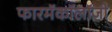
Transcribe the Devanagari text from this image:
फारमॅकॉलॉजी